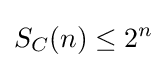
S_{C}(n)\leq 2^{n}